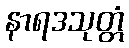
နာရဒသုတ္တံ